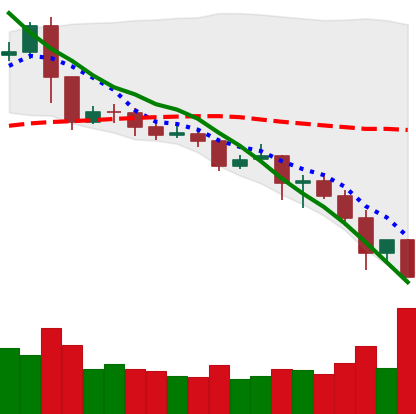
Ticker: XRP-USD
Chart end date: 2019-11-24
Forward return: 3.151%
Label: up_3_5